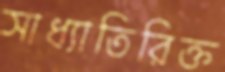
সাধ্যাতিরিক্ত